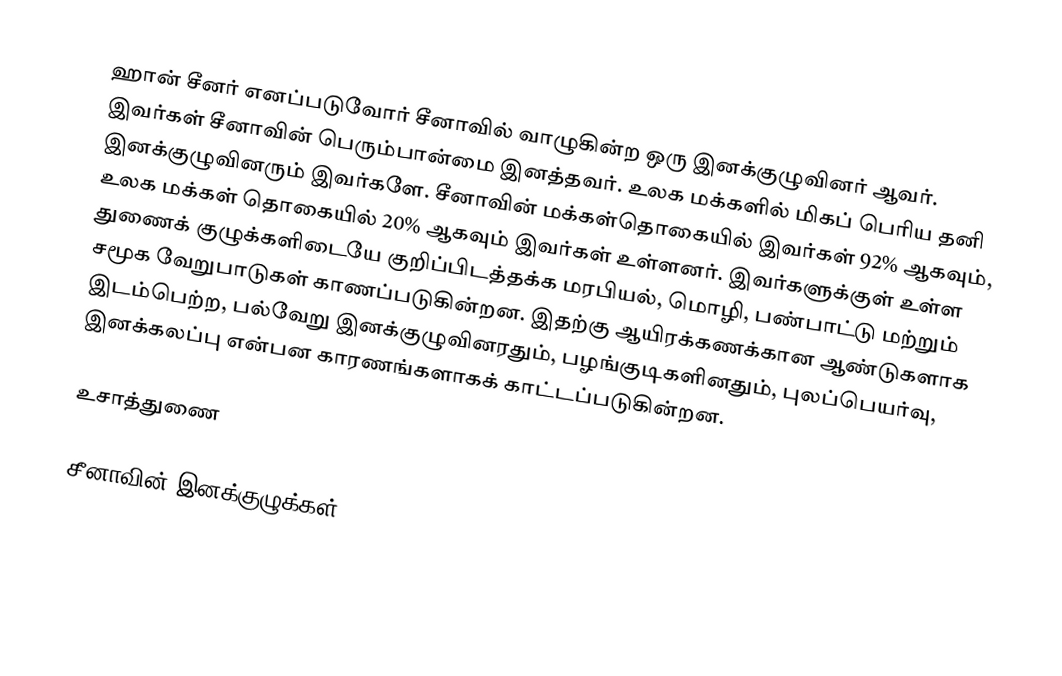
ஹான் சீனர் எனப்படுவோர் சீனாவில் வாழுகின்ற ஒரு இனக்குழுவினர் ஆவர். இவர்கள் சீனாவின் பெரும்பான்மை இனத்தவர். உலக மக்களில் மிகப் பெரிய தனி இனக்குழுவினரும் இவர்களே. சீனாவின் மக்கள்தொகையில் இவர்கள் 92% ஆகவும், உலக மக்கள் தொகையில் 20% ஆகவும் இவர்கள் உள்ளனர். இவர்களுக்குள் உள்ள துணைக் குழுக்களிடையே குறிப்பிடத்தக்க மரபியல், மொழி, பண்பாட்டு மற்றும் சமூக வேறுபாடுகள் காணப்படுகின்றன. இதற்கு ஆயிரக்கணக்கான ஆண்டுகளாக இடம்பெற்ற, பல்வேறு இனக்குழுவினரதும், பழங்குடிகளினதும், புலப்பெயர்வு, இனக்கலப்பு என்பன காரணங்களாகக் காட்டப்படுகின்றன.

உசாத்துணை

சீனாவின் இனக்குழுக்கள்